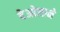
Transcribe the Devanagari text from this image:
देओलाने